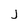
Character: j